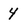
Character: 4